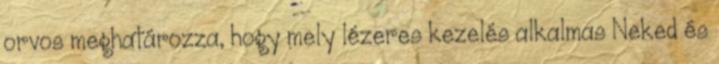
orvos meghatározza, hogy mely lézeres kezelés alkalmas Neked és